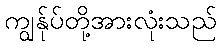
ကျွန်ုပ်တို့အားလုံးသည်